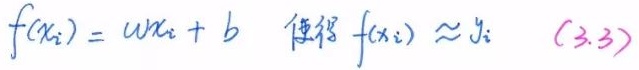
\[ f(x_i) = wx_i + b \quad \text{使得} \quad f(x_i) \approx y_i \quad (3.3) \]